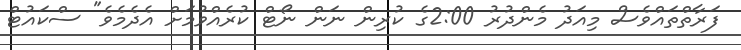
ފަރާތްތައްވެސް މިއަދު މެންދުރު 2:00ގެ ކުރިން ނަން ނޯޓް ކުރެއްވުމަށް އެދެމެވެ" ސްކައުޓް